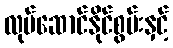
လုပ်ဆောင်နိုင်စွမ်းနှင့်